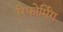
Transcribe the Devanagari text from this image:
रिफोर्मिंग